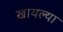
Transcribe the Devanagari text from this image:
खायल्या